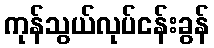
ကုန်သွယ်လုပ်ငန်းခွန်